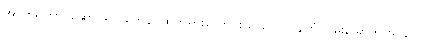
အာဟရိတွာ၊ ဆောင်၍။ တေန၊ ထိုဘုရားလောင်းသည်။ ဥဒါနိတံ၊ ဝမ်းမြောက်အပ်သော။